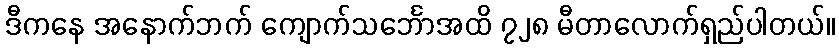
ဒီကနေ အနောက်ဘက် ကျောက်သင်္ဘောအထိ ၇၂၈ မီတာလောက်ရှည်ပါတယ်။